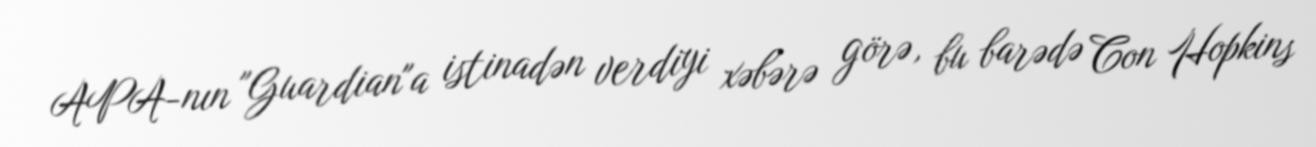
APA-nın "Guardian"a istinadən verdiyi xəbərə görə, bu barədə Con Hopkins